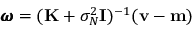
{ \pmb { \omega } } = ( \mathbf { K } + \sigma _ { N } ^ { 2 } { \bf { I } } ) ^ { - 1 } ( \mathbf { v } - \mathbf { m } )